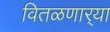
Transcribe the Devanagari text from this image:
वितळणार्‍या